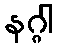
နဂ္ဂါ